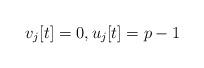
LaTeX: \begin{align*}v_{j}[t]=0, u_{j}[t]=p-1\end{align*}